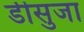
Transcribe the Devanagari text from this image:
डीसुजा